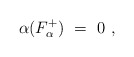
\begin{align*} \alpha(F_\alpha^+)~=~0~,\end{align*}